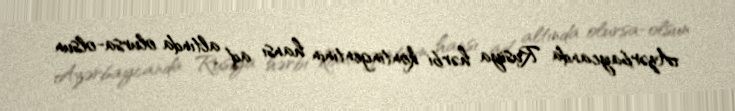
Azərbaycanda Rusiya hərbi kontingentinin hansı ad altında olursa-olsun